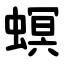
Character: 螟